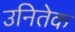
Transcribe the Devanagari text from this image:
उनितेक